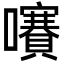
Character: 㘔